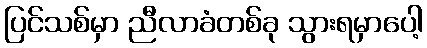
ပြင်သစ်မှာ ညီလာခံတစ်ခု သွားရမှာပေါ့